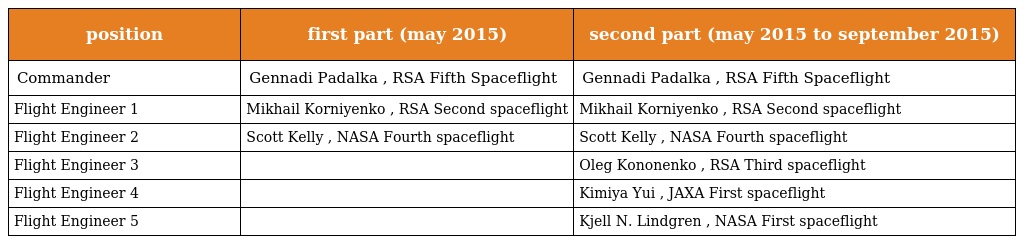
| position | first part (may 2015) | second part (may 2015 to september 2015) |
 | --- | --- | --- |
 | Commander | Gennadi Padalka , RSA Fifth Spaceflight | Gennadi Padalka , RSA Fifth Spaceflight |
 | Flight Engineer 1 | Mikhail Korniyenko , RSA Second spaceflight | Mikhail Korniyenko , RSA Second spaceflight |
 | Flight Engineer 2 | Scott Kelly , NASA Fourth spaceflight | Scott Kelly , NASA Fourth spaceflight |
 | Flight Engineer 3 |  | Oleg Kononenko , RSA Third spaceflight |
 | Flight Engineer 4 |  | Kimiya Yui , JAXA First spaceflight |
 | Flight Engineer 5 |  | Kjell N. Lindgren , NASA First spaceflight |